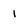
Character: 1